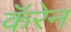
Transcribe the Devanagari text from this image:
कॅरेन